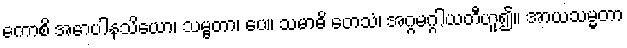
ကောစိ အောပါနသိယော၊ သမ္ဗတာ၊ ပေ။ သမာဓိ တေသံ၊ အဂ္ဂမဂ္ဂါယတီဟူ၍။ အာယသမ္မတာ